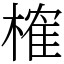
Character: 榷